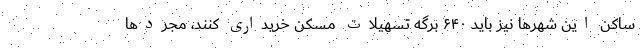
ساکن این شهرها نیز باید ۶۴۰ برگه تسهیلات مسکن خریداری کنند، مجردها